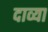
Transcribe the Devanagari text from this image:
दाव्या